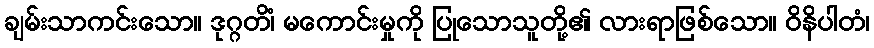
ချမ်းသာကင်းသော။ ဒုဂ္ဂတိံ၊ မကောင်းမှုကို ပြုသောသူတို့၏ လားရာဖြစ်သော။ ဝိနိပါတံ၊